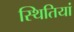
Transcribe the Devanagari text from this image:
स्‍थितियां